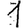
Digit: 1